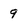
Character: 9